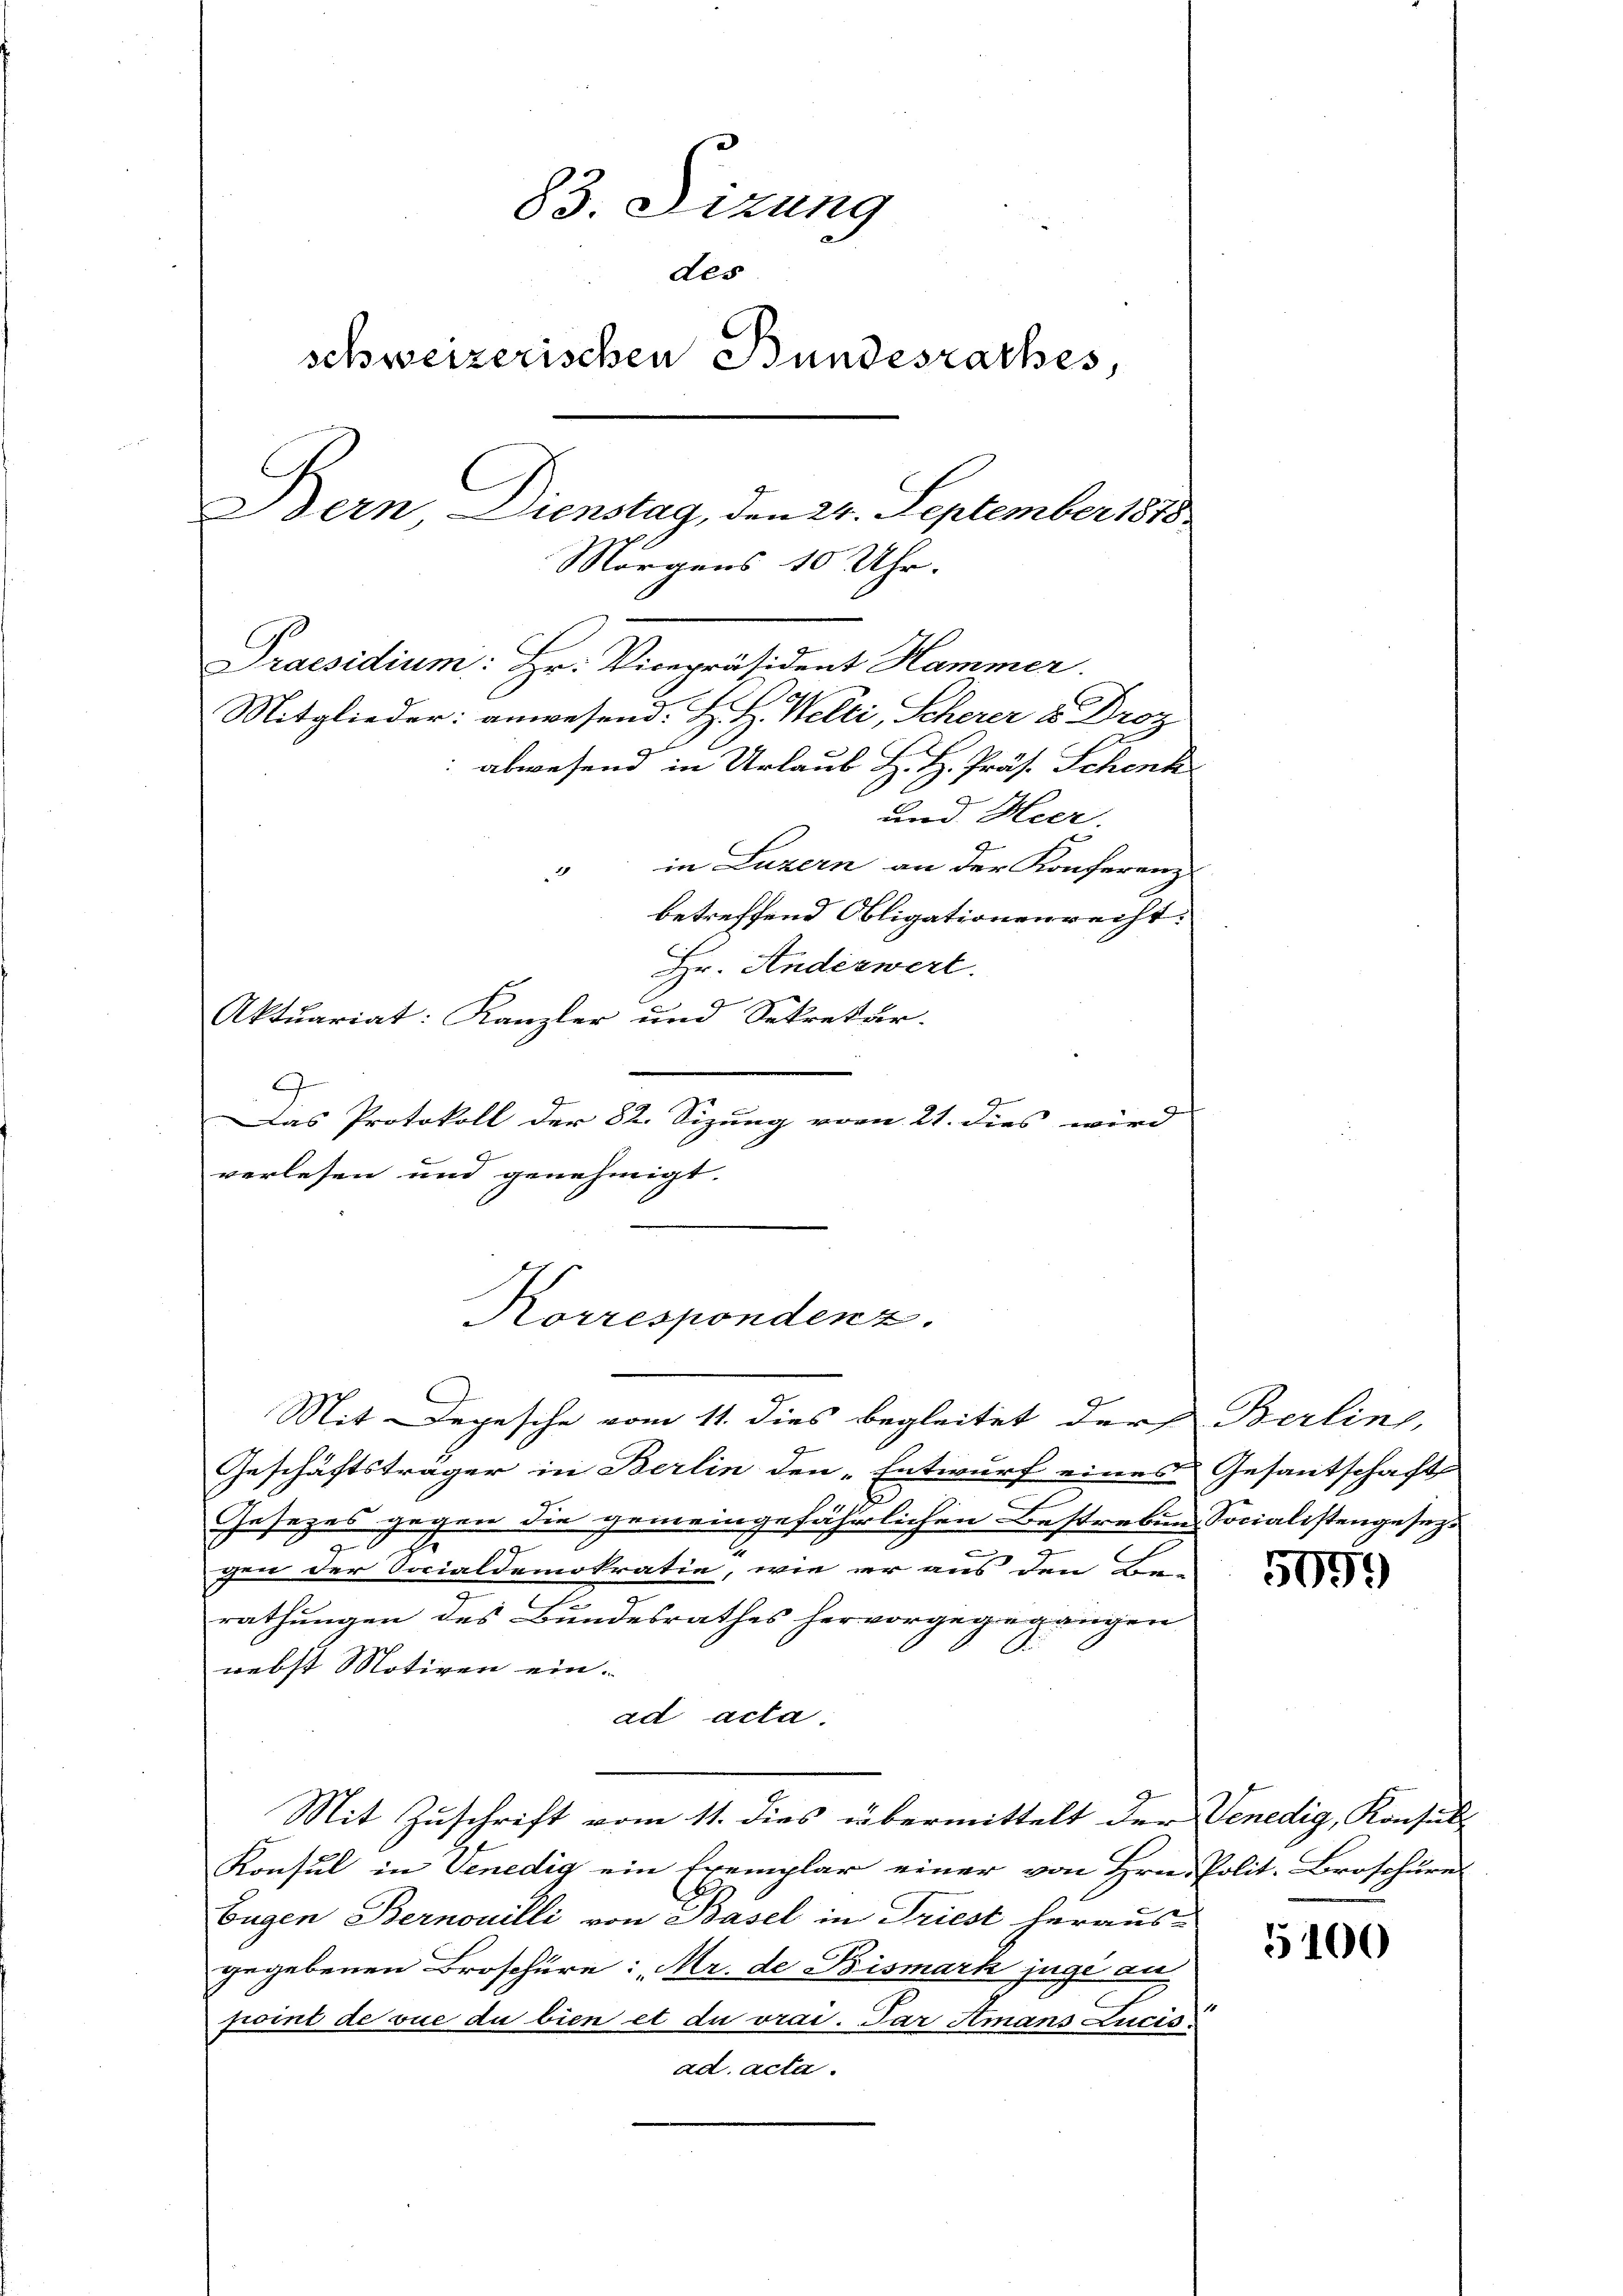
83. Sizung
des
schweizerischen Bundesrathes,
C
Bern, Dienstag, den 24. September 1878
Morgens 10 Uhr.
Praesidium: Hr. Vicepräsident Hammer.
Mitglieder: anwesend: Hr. H. Welti, Scherer u. Droz.
 abwesend in Urlaub H. H. Präs. Schenk
und Heer.
in Luzern an der Konferenz
2
betreffend Obligationenrecht.
Hr. Andeswert.
Aktuariat: Kanzler und Sekretär.
A

Das Protokoll der 82. Sizung vom 21. dies wird
verlesen und genehmigt. |

Korrespondenz.

C
Mit Depesche vom 11. dies begleitet der Berline,
Geschäftsträger in Berlin den „Entwurf eines Gesantschaft
Gesezes gegen die gemeingefährlichen Bestreben Socialistengesezt
n
gen der Socialdemokratie, wie er aus den Be-
rathungen des Bundesrathes hervorgegegangen
nebst Motiven ein.
ad acta.
Mit Zuschrift vom 11. dies übermittelt der Venedig, Konsuls
Konsul in Venedig ein Exemplar einer von Hrn. Polit. Broschurer
Eugen Bernouilli von Basel in Triest heraus-
gegebenen Broschüre: Mr. de Bismark juge an
point de vue du bien et du vrai. Par Amans Lucis
ad acta.

5099

5100